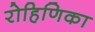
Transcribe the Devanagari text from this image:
रोहिणिका